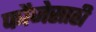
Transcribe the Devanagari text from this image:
फौजेसाठी